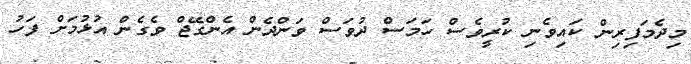
މިދެމަފިރިން ކައިވެނި ކުރީވެސް ހަމަސް ދުވަސް ވަންދެން އެންގޭޖް ވެގެން އުޅުމަށް ފަހު